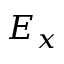
E _ { x }